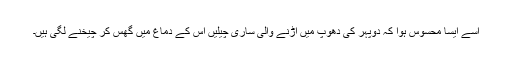
اسے ایسا محسوس ہوا کہ دوپہر کی دھوپ میں اُڑنے والی ساری چیلیں اُس کے دماغ میں گھُس کر چیخنے لگی ہیں۔